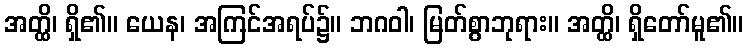
အတ္ထိ၊ ရှိ၏။ ယေန၊ အကြင်အရပ်၌။ ဘဂဝါ၊ မြတ်စွာဘုရား။ အတ္ထိ၊ ရှိတော်မူ၏။